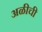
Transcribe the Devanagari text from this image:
अळीची